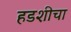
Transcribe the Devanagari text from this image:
हडशीचा